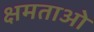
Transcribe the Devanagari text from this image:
क्षमताओ